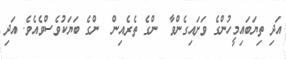
އަދި ތިޔަބައިމީހުންގެ ވަށައިގެންވާ  ންގެ ތެރެއިން  ންގެ ބަޔަކުވެސްވެއެވެ. އަދި